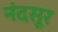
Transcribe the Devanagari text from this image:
नंदसूर